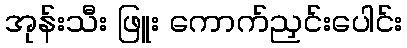
အုန်းသီး ဖြူး ကောက်ညှင်းပေါင်း